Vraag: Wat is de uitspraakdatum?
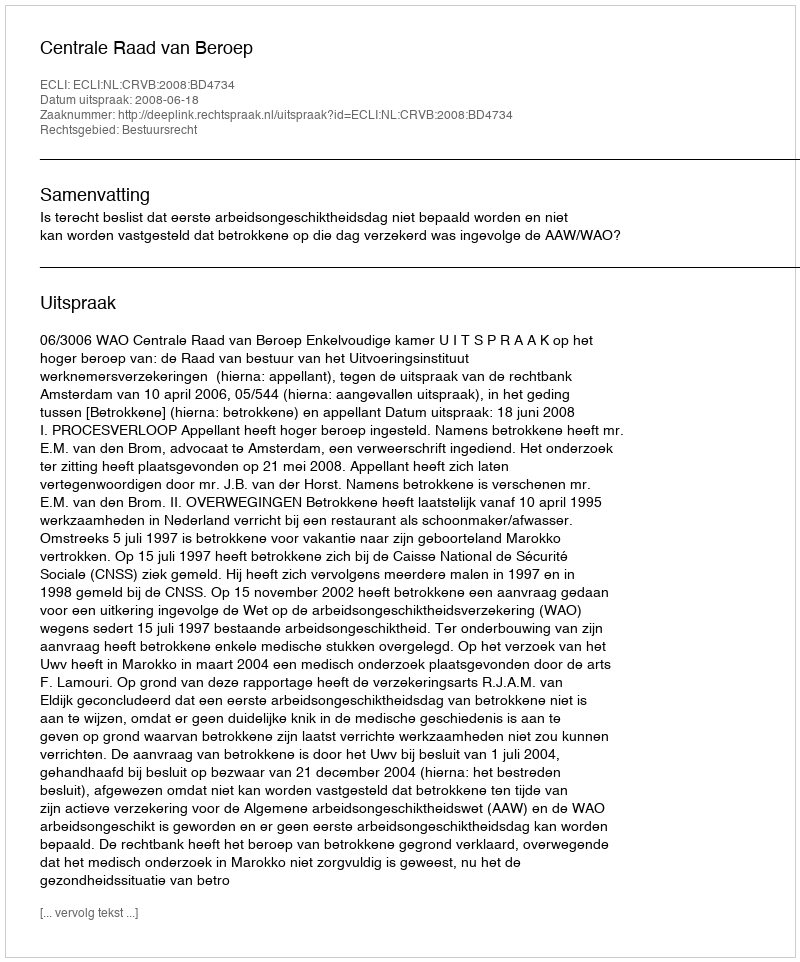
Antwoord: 2008-06-18